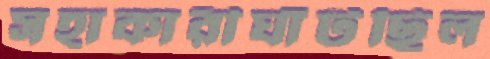
সহাকারীঘাঁটছিল